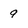
Character: 9